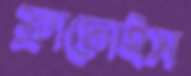
ফ্রাঙ্কোইস